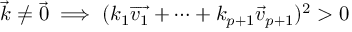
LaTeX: { \overrightarrow { k } } \neq { \overrightarrow { 0 } } \implies ( k _ { 1 } { \overrightarrow { v _ { 1 } } } + \dots + k _ { p + 1 } { \overrightarrow { v } } _ { p + 1 } ) ^ { 2 } > 0